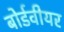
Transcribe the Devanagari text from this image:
बोर्डवीयर